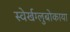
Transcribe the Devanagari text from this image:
स्वेर्खग्लुबोकाया